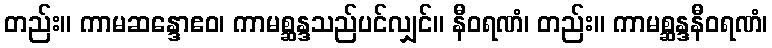
တည်း။ ကာမဆန္ဒောဧဝ၊ ကာမစ္ဆန္ဒသည်ပင်လျှင်။ နီဝရဏံ၊ တည်း။ ကာမစ္ဆန္ဒနီဝရဏံ၊